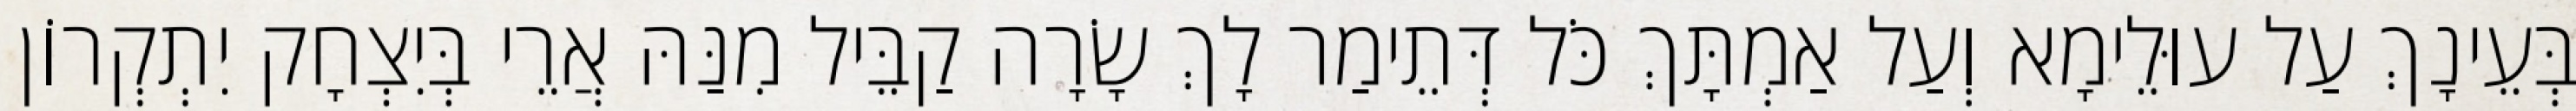
בְּעֵינָךְ עַל עוּלֵימָא וְעַל אַמְתָּךְ כֹּל דְּתֵימַר לָךְ שָׂרָה קַבֵּיל מִנַּהּ אֲרֵי בְּיִצְחָק יִתְקְרוֹן